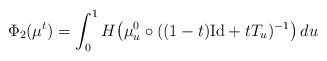
\begin{align*}\Phi_2(\mu^t) = \int_0^1 H\big(\mu^0_u \circ ((1-t)\mathrm{Id} + tT_u)^{-1} \big)\,du\end{align*}